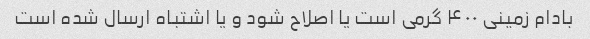
بادام زمینی ۴۰۰ گرمی است یا اصلاح شود و یا اشتباه ارسال شده است